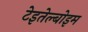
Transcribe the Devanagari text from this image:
टेइतेल्बोइम